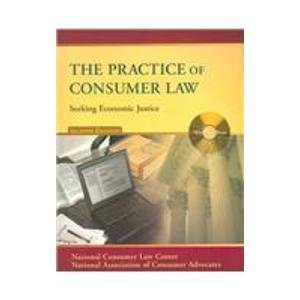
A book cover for The Practice of Consumer Law: Seeking Economic Justice; Robert J. Hobbs; Law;